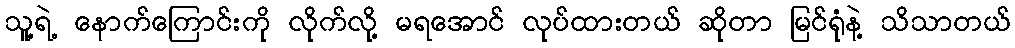
သူ့ရဲ့ နောက်ကြောင်းကို လိုက်လို့ မရအောင် လုပ်ထားတယ် ဆိုတာ မြင်ရုံနဲ့ သိသာတယ်